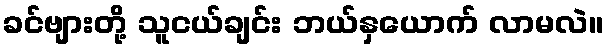
ခင်ဗျားတို့ သူငယ်ချင်း ဘယ်နှယောက် လာမလဲ။